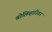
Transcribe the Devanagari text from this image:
बोलिव्हारियन